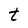
Character: t